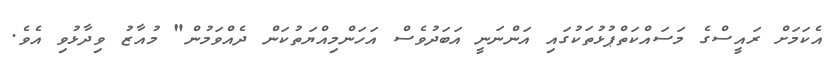
އެކަމަށް ރައީސްގެ މަސައްކަތްޕުޅުތަކުގައި އަންނަނީ އަބަދުވެސް އަހަންމިއްޔަތުކަން ދެއްވަމުން" މުއާޒު ވިދާޅުވި އެވެ.